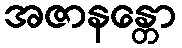
အဇာနန္တော